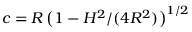
c = R \, \big ( 1 - H ^ { 2 } / ( 4 R ^ { 2 } ) \big ) ^ { 1 / 2 }